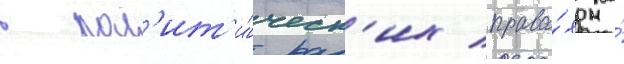
в пол'ит'и́ческ'их права́х на́